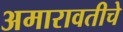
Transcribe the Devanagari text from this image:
अमारावतीचे